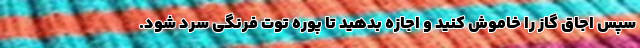
سپس اجاق گاز را خاموش کنید و اجازه بدهید تا پوره توت فرنگی سرد شود.